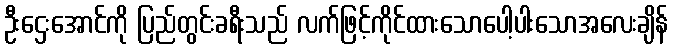
ဦးဌေးအောင်ကို ပြည်တွင်းခရီးသည် လက်ဖြင့်ကိုင်ထားသောပေါ့ပါးသောအလေးချိန်